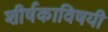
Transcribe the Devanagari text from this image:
शीर्षकाविषयी